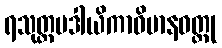
ရသုတ္တမဒါယိကာဝိမာနဝတ္ထု